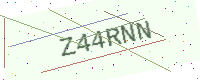
Text: Z44RNN